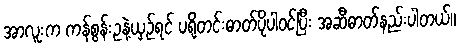
အာလူးက ကန်စွန်းဥနဲ့ယှဉ်ရင် ပရိုတင်းဓာတ်ပိုပါဝင်ပြီး အဆီဓာတ်နည်းပါတယ်။